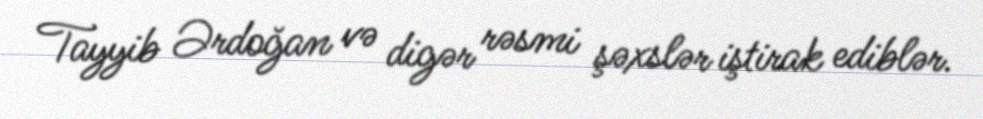
Tayyib Ərdoğan və digər rəsmi şəxslər iştirak ediblər.